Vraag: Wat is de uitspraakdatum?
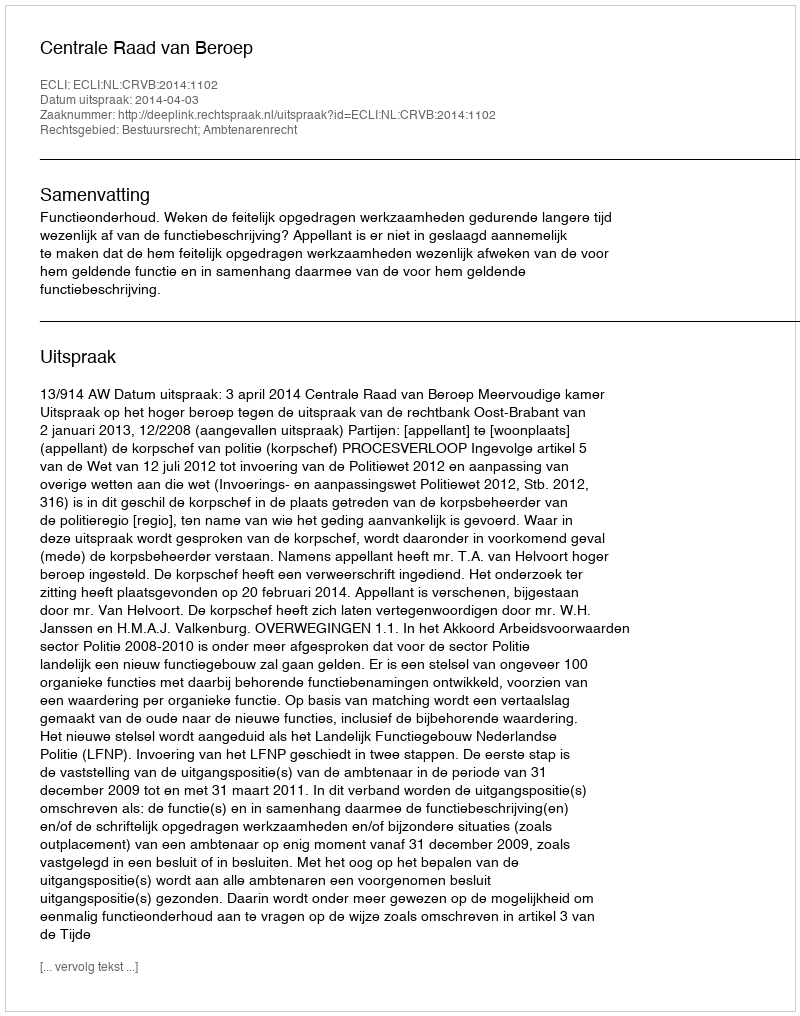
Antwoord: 2014-04-03